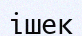
ішек